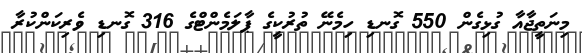
މިނަތީޖާއާ ގުޅިގެން 550 ގޮނޑި ހިމެނޭ ތުރުކީގެ ޕާލަމެންޓްގެ 316 ގޮނޑި ވެރިކަންކުރާ